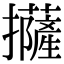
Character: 𢹵